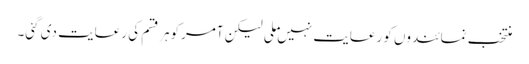
منتخب نمائندوں کو رعایت نہیں ملی لیکن آمرکوہرقسم کی رعایت دی گئی۔